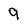
Character: 9